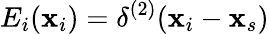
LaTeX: E_{i}(\mathbf{x}_{i})=\delta^{(2)}(\mathbf{x}_{i}-\mathbf{x}_{s})